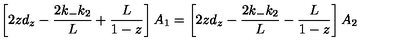
\left[ 2 z d _ { z } - \frac { 2 k _ { - } k _ { 2 } } { L } + \frac { L } { 1 - z } \right] A _ { 1 } = \left[ 2 z d _ { z } - \frac { 2 k _ { - } k _ { 2 } } { L } - \frac { L } { 1 - z } \right] A _ { 2 }